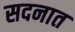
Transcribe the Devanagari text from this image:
सदनात